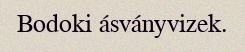
Bodoki ásványvizek.